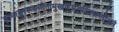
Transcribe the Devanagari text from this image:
वामाङ्कारूढसीतामुखकमलमिलल्लोचनं